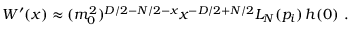
W ^ { \prime } ( x ) \approx ( m _ { 0 } ^ { 2 } ) ^ { D / 2 - N / 2 - x } x ^ { - D / 2 + N / 2 } L _ { N } ( p _ { i } ) \, h ( 0 ) \ .